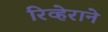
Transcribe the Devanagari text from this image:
रिव्हेराने